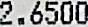
2.6500